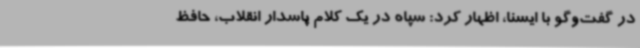
در گفت‌وگو با ایسنا، اظهار کرد: سپاه در یک کلام پاسدار انقلاب، حافظ